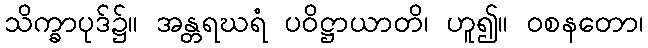
သိက္ခာပုဒ်၌။ အန္တရဃရံ ပဝိဋ္ဌာယာတိ၊ ဟူ၍။ ဝစနတော၊